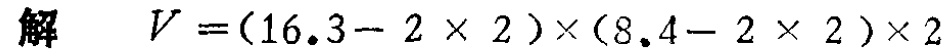
解 \(V=(16.3 - 2\times 2)\times(8.4 - 2\times 2)\times 2\)